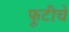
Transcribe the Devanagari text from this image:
फूटीचे